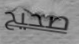
صحيح